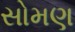
સોમણ